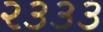
૨૩૩૩